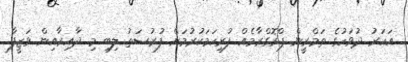
އަހަރު ދުވަހުގެ ތަމްރީން ޕްރޮގްރާމެއް ފުރިހަމަކުރުމަށް ފުރުސަތު ލިބި މި ދާއިރާއިން ވަޒީފާ